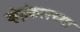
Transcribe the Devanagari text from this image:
व्हेईकलच्या